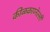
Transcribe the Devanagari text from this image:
कीळकाय्नेल्ली